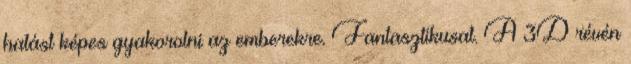
hatást képes gyakorolni az emberekre. Fantasztikusat. A 3D révén